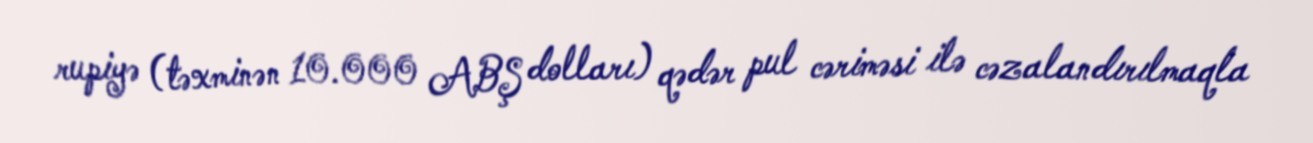
rupiyə (təxminən 10.000 ABŞ dolları) qədər pul cəriməsi ilə cəzalandırılmaqla